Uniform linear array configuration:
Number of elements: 8
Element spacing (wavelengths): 0.25
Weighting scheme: cosine
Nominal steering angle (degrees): -30
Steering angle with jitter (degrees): -28.777
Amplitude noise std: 0.05
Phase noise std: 0.05

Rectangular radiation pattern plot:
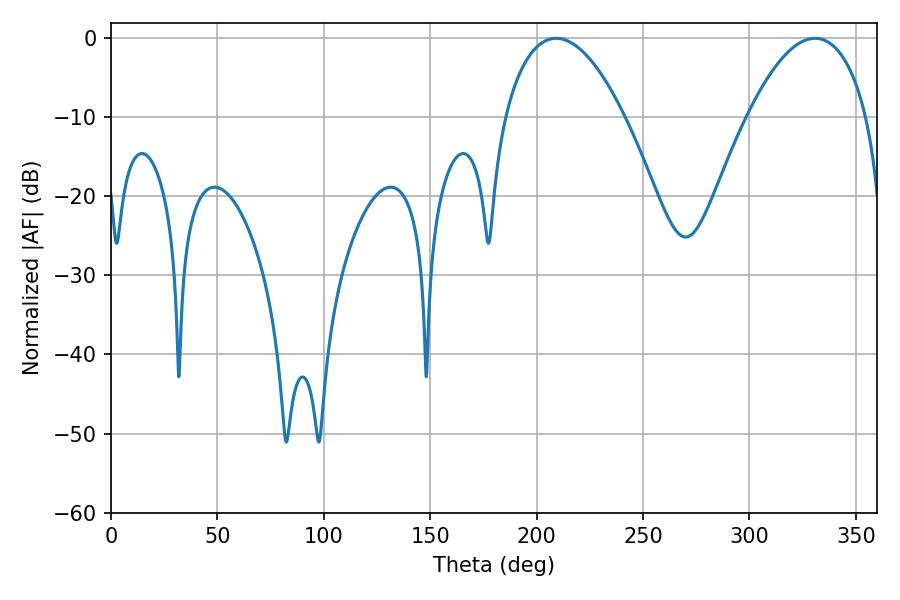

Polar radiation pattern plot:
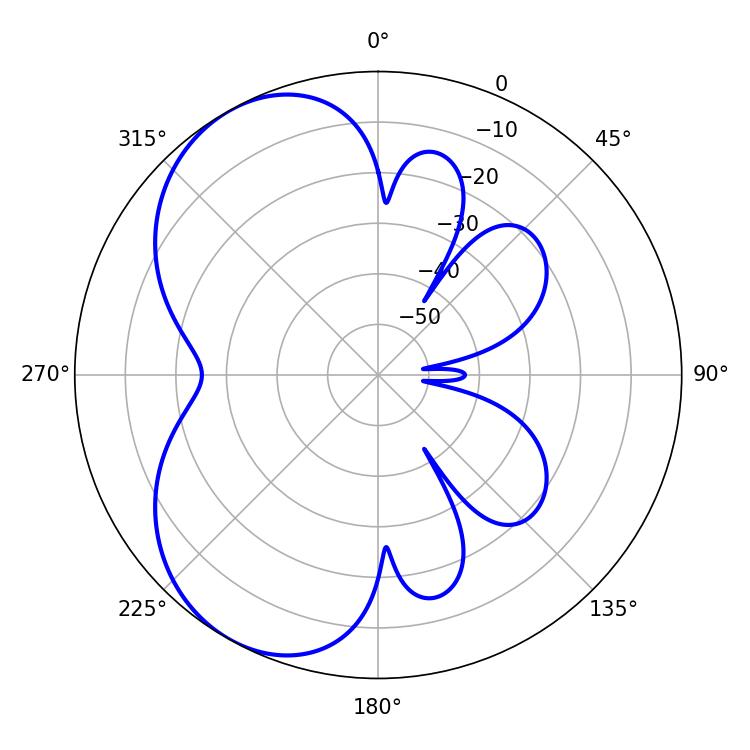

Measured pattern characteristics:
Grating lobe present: FALSE
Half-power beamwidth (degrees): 31.32
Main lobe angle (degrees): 209.16